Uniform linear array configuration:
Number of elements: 16
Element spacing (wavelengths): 0.5
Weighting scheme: blackman
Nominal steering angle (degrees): -30
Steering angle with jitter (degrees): -28.592
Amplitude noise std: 0.05
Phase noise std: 0.05

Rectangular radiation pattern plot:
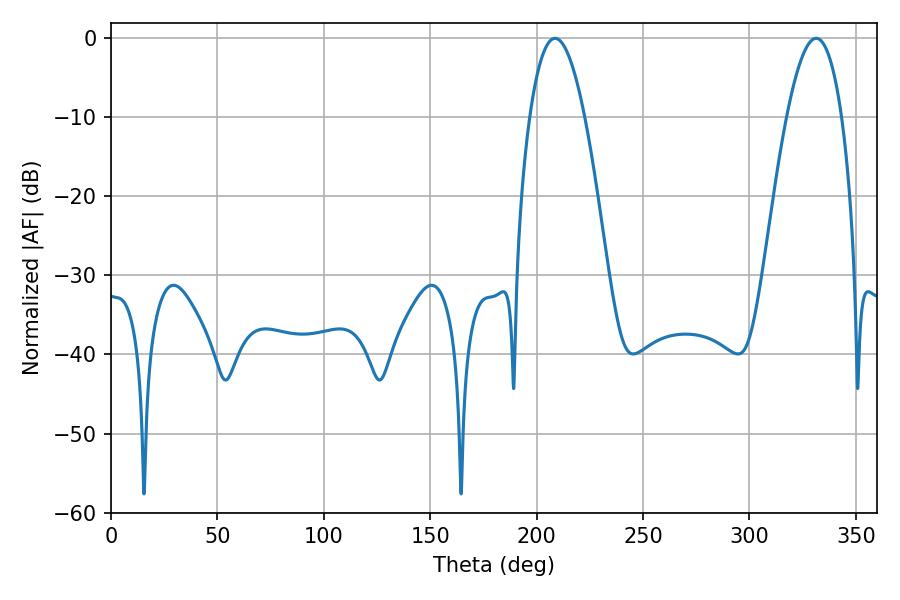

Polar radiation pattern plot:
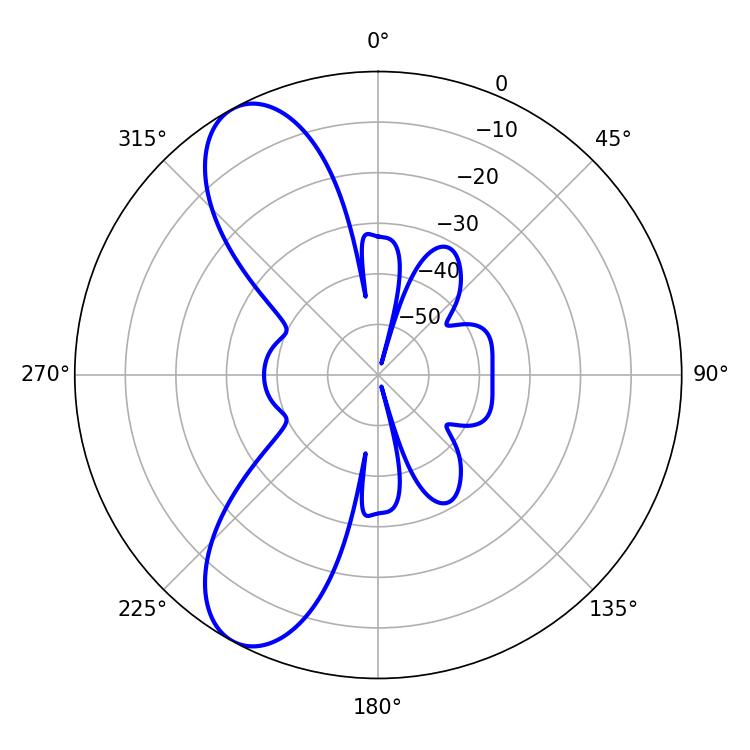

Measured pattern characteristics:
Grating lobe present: FALSE
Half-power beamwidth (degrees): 14.22
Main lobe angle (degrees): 208.62